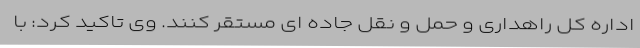
اداره کل راهداری و حمل و نقل جاده ای مستقر کنند. وی تاکید کرد: با